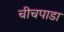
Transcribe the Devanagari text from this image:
चीचपाडा